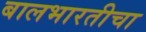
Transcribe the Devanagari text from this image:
बालभारतीचा